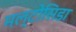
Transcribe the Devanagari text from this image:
मल्टोसिडा